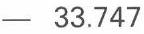
- 33.747